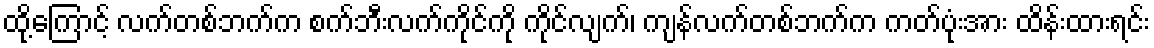
ထို့ကြောင့် လက်တစ်ဘက်က စက်ဘီးလက်ကိုင်ကို ကိုင်လျက်၊ ကျန်လက်တစ်ဘက်က ကတ်ပုံးအား ထိန်းထားရင်း